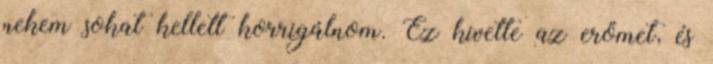
nekem sokat kellett korrigálnom. Ez kivette az erőmet, és